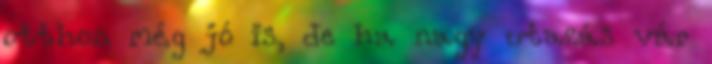
otthon még jó is, de ha nagy utazás vár